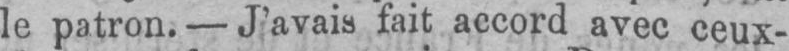
le patron. - J’avais fait accord avec ceux-